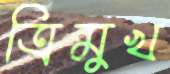
ত্রিমুখ